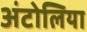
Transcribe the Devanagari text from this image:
अंटोलिया